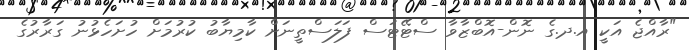
"ރާއްޖެ އަކީ އ.ދ.ގެ ނޮން-އޮބްޒާވާ ސްޓޭޓަސް ފަލަސްތީނަށް ކާމިޔާބު ކުރުމަށް ހުށަހެޅުނު ގަރާރުގެ